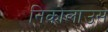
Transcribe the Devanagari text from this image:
निकोलाउस